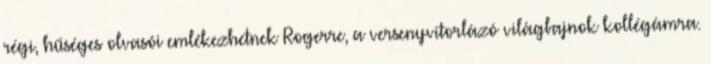
régi, hűséges olvasói emlékezhetnek Rogerre, a versenyvitorlázó világbajnok kollégámra.